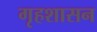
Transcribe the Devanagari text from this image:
गृहशासन